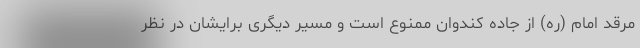
مرقد امام (ره) از جاده کندوان ممنوع است و مسیر دیگری برایشان در نظر